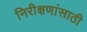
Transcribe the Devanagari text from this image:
निरीक्षणांसाठी